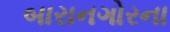
બારાનગોરના